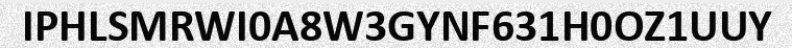
IPHLSMRWI0A8W3GYNF631H0OZ1UUY